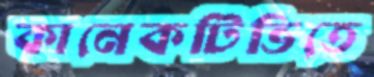
কানেকটিভিতে